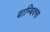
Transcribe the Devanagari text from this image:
बाम्बिक्स